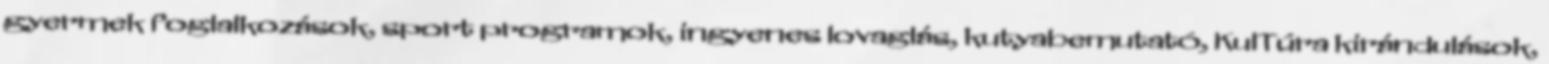
gyermek foglalkozások, sport programok, ingyenes lovaglás, kutyabemutató, KulTúra kirándulások,